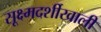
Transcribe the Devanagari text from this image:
सूक्ष्मदर्शीखाली